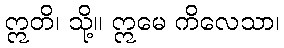
ဣတိ၊ သို့။ ဣမေ ကိလေသာ၊